Report on horse surra - Volume I
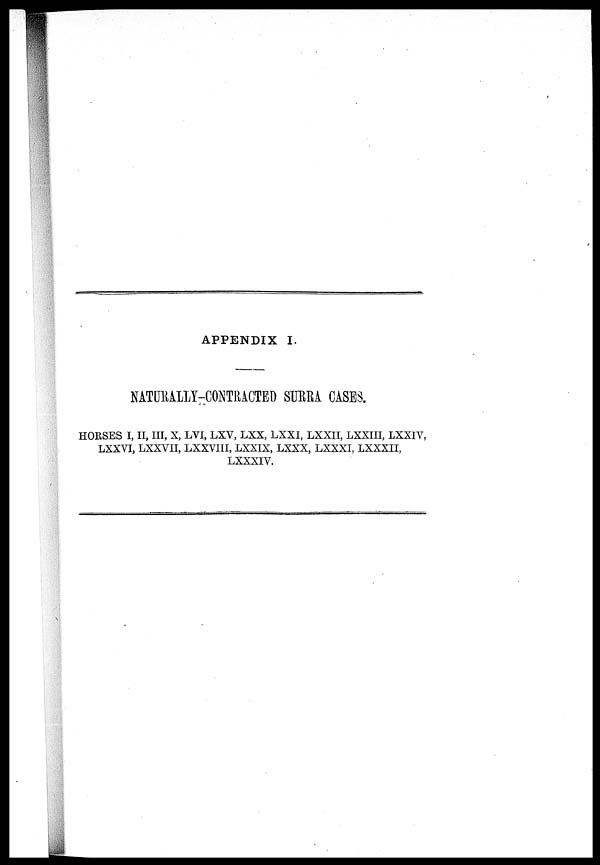
APPENDIX I.
NATURALLY-CONTRACTED SURRA CASES.
HORSES I, II, III, X, LVI, LXV, LXX, LXXI, LXXII, LXXIII, LXXIY,
LXXVI, LXXVII, LXXVIII, LXXIX, LXXX, LXXXI, LXXXII,
LXXXIV.